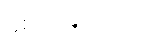
နှစ်ပုဒ်ရှိတယ်။